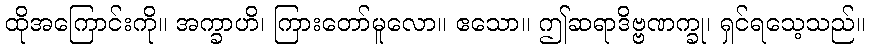
ထိုအကြောင်းကို။ အက္ခာဟိ၊ ကြားတော်မူလော။ ဧသော။ ဤဆရာဒိဗ္ဗဏက္ခု၊ ရှင်ရသေ့သည်။